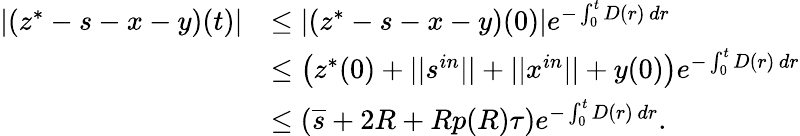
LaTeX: \begin{array}{rl}{|(z^{*}-s-x-y)(t)|}&{\leq|(z^{*}-s-x-y)(0)|e^{-\int_{0}^{t}D(r)\, dr}}\\ &{\leq\left(z^{*}(0)+||s^{in}||+||x^{in}||+y(0)\right)e^{-\int_{0}^{t}D(r)\, dr}}\\ &{\leq\left(\overline{s}+2R+Rp(R)\tau\right)e^{-\int_{0}^{t}D(r)\, dr}.}\end{array}